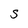
Character: S